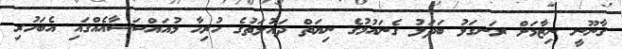
ގާނޫނީ ނިޒާމަށް ރަނގަޅު ބަދަލު ގެނައުމުގެ ނިޔަތް ދައުލަތުގެ ހުރިހާ މުއައްސަސާއެއްގައި އެބަހުރި